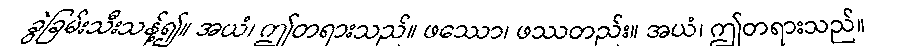
ခွဲခြမ်းသီးသန့်၍။ အယံ၊ ဤတရားသည်။ ဖဿော၊ ဖဿတည်း။ အယံ၊ ဤတရားသည်။